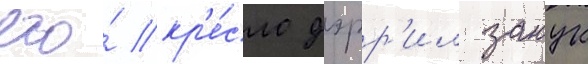
его́ кр'е́сло дэрр'ил занук